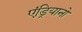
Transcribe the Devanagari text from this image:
एंड्रियानो